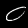
Digit: 0